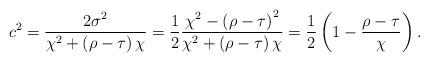
LaTeX: \begin{align*}c^{2}=\frac{2\sigma^{2}}{\chi^{2}+\left(\rho-\tau\right)\chi}=\frac{1}{2}\frac{\chi^{2}-\left(\rho-\tau\right)^{2}}{\chi^{2}+\left(\rho-\tau\right)\chi}=\frac{1}{2}\left(1-\frac{\rho-\tau}{\chi}\right).\end{align*}